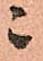
ニ